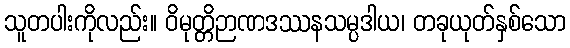
သူတပါးကိုလည်း။ ဝိမုတ္တိဉာဏဒဿနသမ္ပဒါယ၊ တခုယုတ်နှစ်သော